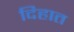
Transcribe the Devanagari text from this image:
दिहात